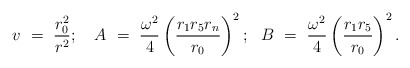
\begin{align*}v~=~{r_{0}^{2} \over r^{2}};~~~A~=~ {\omega^{2} \over 4}\left({r_{1}r_{5}r_{n} \over r_{0}}\right)^{2};~~B~=~{\omega^{2} \over 4}\left( {r_{1}r_{5} \over r_{0}} \right)^{2}.\end{align*}